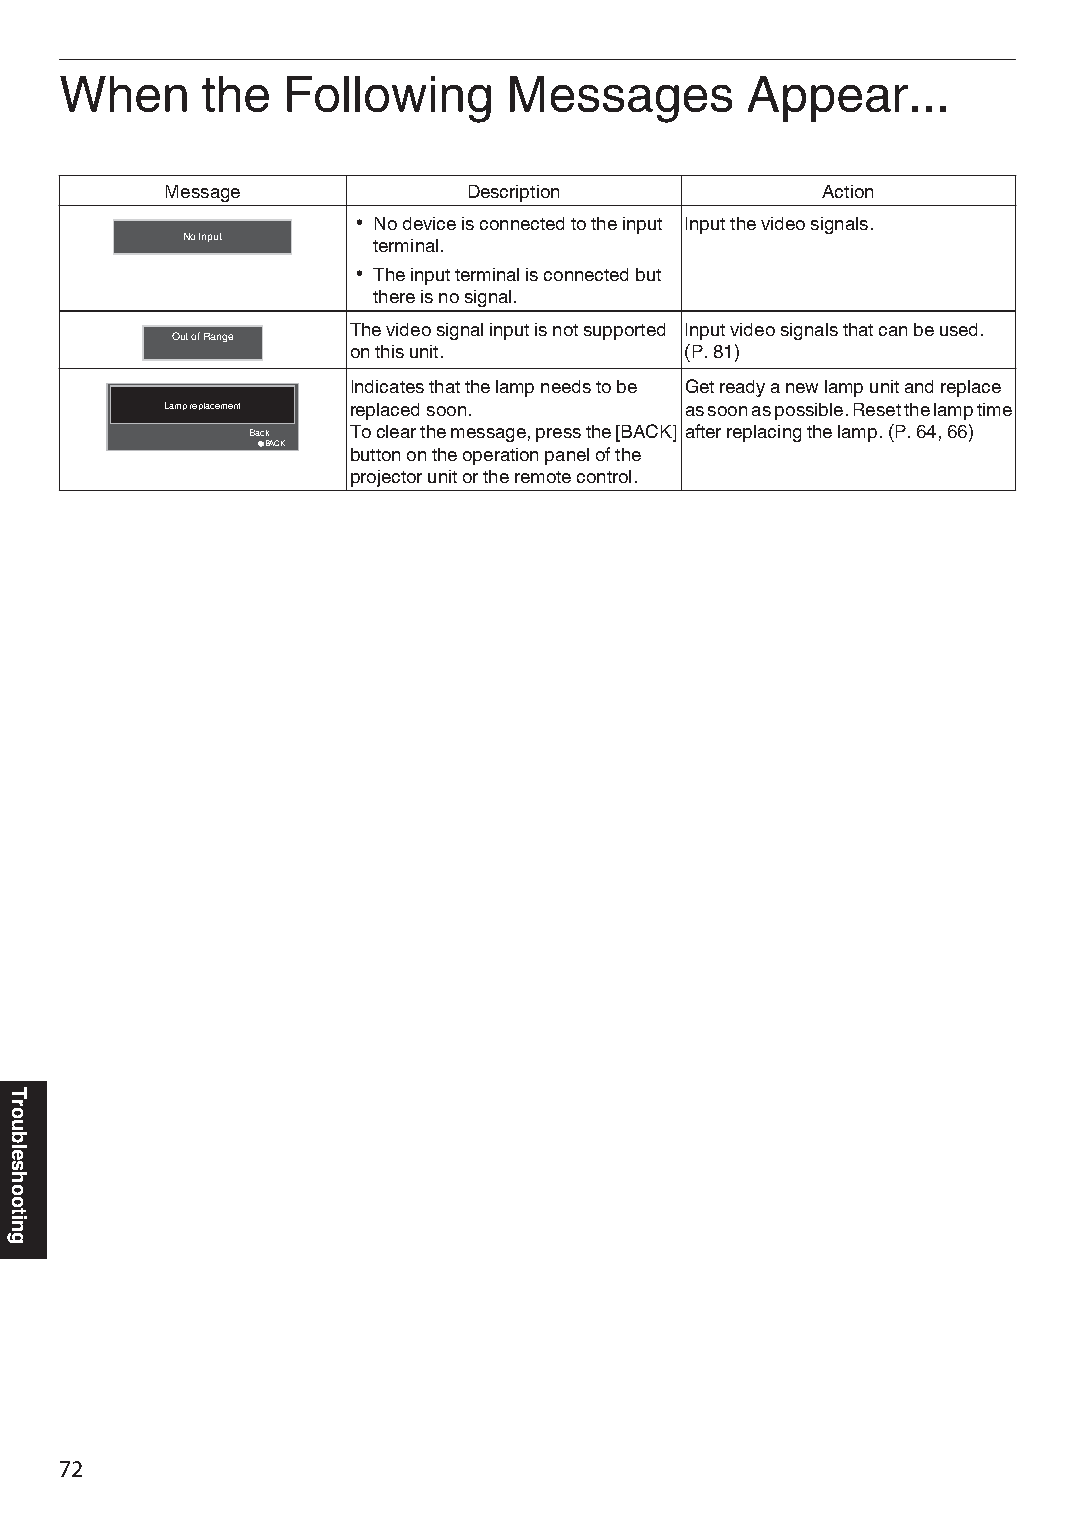
When     the   Following     Messages        Appear...
 Message             Description            Action
 0 No device is connected to the input Input the video signals.
 No Input     terminal.
 0 The input terminal is connected but
 there is no signal.
 The video signal input is not supported Input video signals that can be used.
 Out of Range
 on this unit.         (P. 81)
 Indicates that the lamp needs to be Get ready a new lamp unit and replace
 Lamp replacement replaced soon.   as soon as possible. Reset the lamp time
 Back   To clear the message, press the [BACK] after replacing the lamp. (P. 64, 66)
 BACK
 button on the operation panel of the
 projector unit or the remote control.
 72
 Troubleshooting